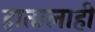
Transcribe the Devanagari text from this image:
हातालाही